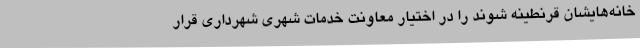
خانه‌هایشان قرنطینه شوند را در اختیار معاونت خدمات شهری شهرداری قرار